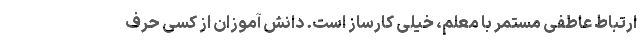
ارتباط عاطفی مستمر با معلم، خیلی کارساز است. دانش آموزان از کسی حرف